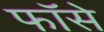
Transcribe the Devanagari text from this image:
फॉसे